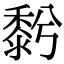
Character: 𪏱